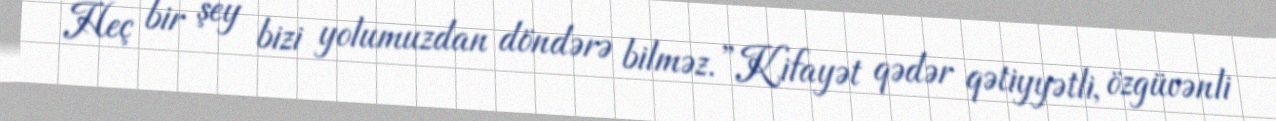
Heç bir şey bizi yolumuzdan döndərə bilməz.”Kifayət qədər qətiyyətli, özgüvənli